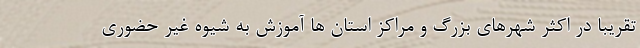
تقریبا در اکثر شهرهای بزرگ و مراکز استان ها آموزش به شیوه غیر حضوری